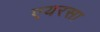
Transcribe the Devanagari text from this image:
एयरसा